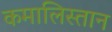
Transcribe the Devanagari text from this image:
कमालिस्तान